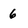
Character: 6